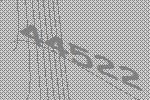
44522